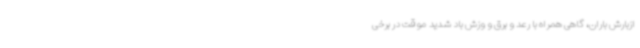
ازبارش باران، گاهی همراه با رعد و برق و وزش باد شدید موقت در برخی